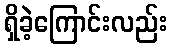
ရှိခဲ့ကြောင်းလည်း